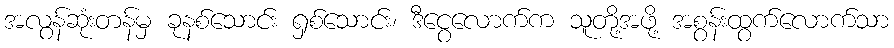
အလွန်ဆုံးတန်မှ ခုနစ်သောင်း ရှစ်သောင်း၊ ဒီငွေလောက်က သူတို့အဖို့ အစွန်းထွက်လောက်သာ